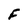
Character: F